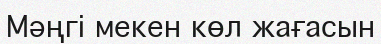
Мәңгі мекен көл жағасын